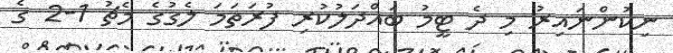
ނިކުންނައިރު މި ދެ ޓީމު ބައްދަލުކުރި ފުރަތަމަ ލެގުގެ މެޗު 1-2 ގެ